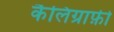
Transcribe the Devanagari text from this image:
कैलिग्राफ़ी